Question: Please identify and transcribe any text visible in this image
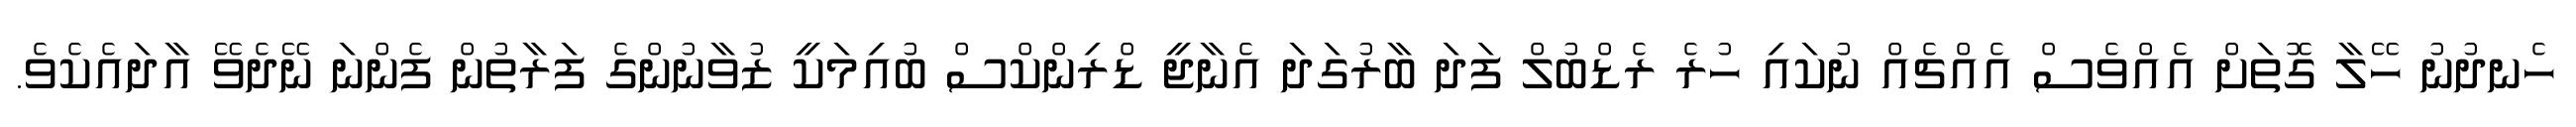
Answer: ހެނދުނު ހޭލާ ގޮތަށް އެއްވެސް އެއްޗެއް ނުކައި ހުރެ ރެޑްބުލް ފަދަ ބާރުގަދަ އެނާޖީ ޑްރިންކްސް ބުއިމަކީ ޒުވާނުންގެ ފަރާތުން ފެންނަ ނޭދެވޭ އާދައެކެވެ.